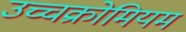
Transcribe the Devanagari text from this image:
उच्चक्रोमियम